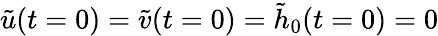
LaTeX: \tilde{u}(t=0)=\tilde{v}(t=0)=\tilde{h}_{0}(t=0)=0